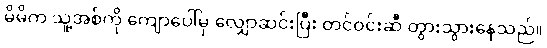
မိမိက သူ့အစ်ကို ကျောပေါ်မှ လျှောဆင်းပြီး တင်ဝင်းဆီ တွားသွားနေသည်။